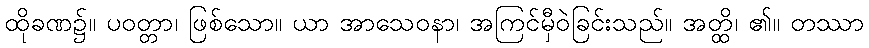
ထိုခဏ၌။ ပဝတ္တာ၊ ဖြစ်သော။ ယာ အာသေဝနာ၊ အကြင်မှီဝဲခြင်းသည်။ အတ္ထိ၊ ၏။ တဿာ